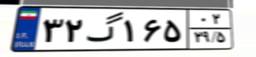
۶۰گ۱۶۲۴۱